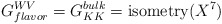
\begin{align*}G^{WV}_{flavor} = G_{KK}^{bulk} = \mbox{isometry}(X^7)\end{align*}